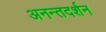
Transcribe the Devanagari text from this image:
अनन्तदर्शन